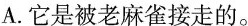
A.它是被老麻雀接走的。